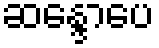
ဆန္ဒောပေ